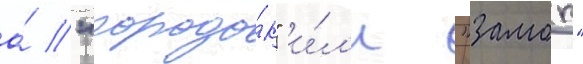
а́ "городо́к" и́л'и "замок"